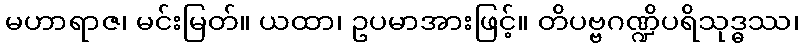
မဟာရာဇ၊ မင်းမြတ်။ ယထာ၊ ဥပမာအားဖြင့်။ တိပဗ္ဗဂဏ္ဍိပရိသုဒ္ဓဿ၊